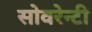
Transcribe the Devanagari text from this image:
सोवरेन्टी